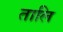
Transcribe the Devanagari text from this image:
तालि